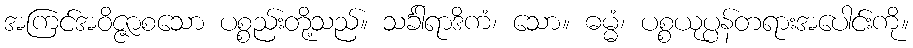
အကြင်အဝိဇ္ဇာစသော ပစ္စည်းတို့သည်။ သင်္ခါရာဒိကံ၊ သော။ ဓမ္မံ၊ ပစ္စယုပ္ပန်တရားအပေါင်းကို။